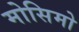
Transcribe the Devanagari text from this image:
मोसिमो